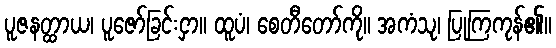
ပူဇနတ္ထာယ၊ ပူဇော်ခြင်းငှာ။ ထူပံ၊ စေတီတော်ကို။ အကံသု၊ ပြုကြကုန်၏။